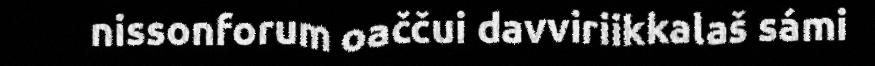
nissonforum oaččui davviriikkalaš sámi